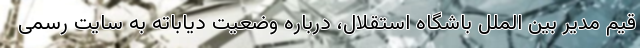
قیم مدیر بین الملل باشگاه استقلال، درباره وضعیت دیاباته به سایت رسمی